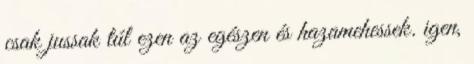
csak jussak túl ezen az egészen és hazamehessek. igen,